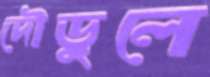
দৌড়ুলে